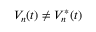
V _ { n } ( t ) \neq V _ { n } ^ { * } ( t )